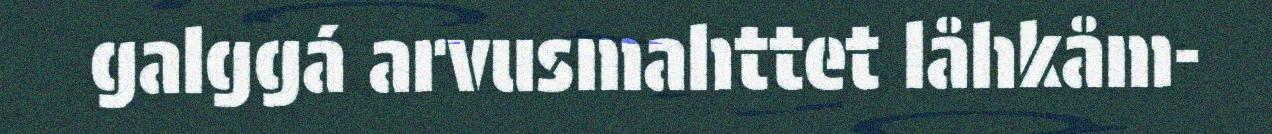
galggá arvusmahttet låhkåm-